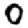
Digit: 0